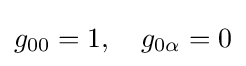
g_{00}=1,\quad g_{0\alpha }=0